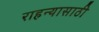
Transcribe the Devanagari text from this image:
राहन्यासाठी